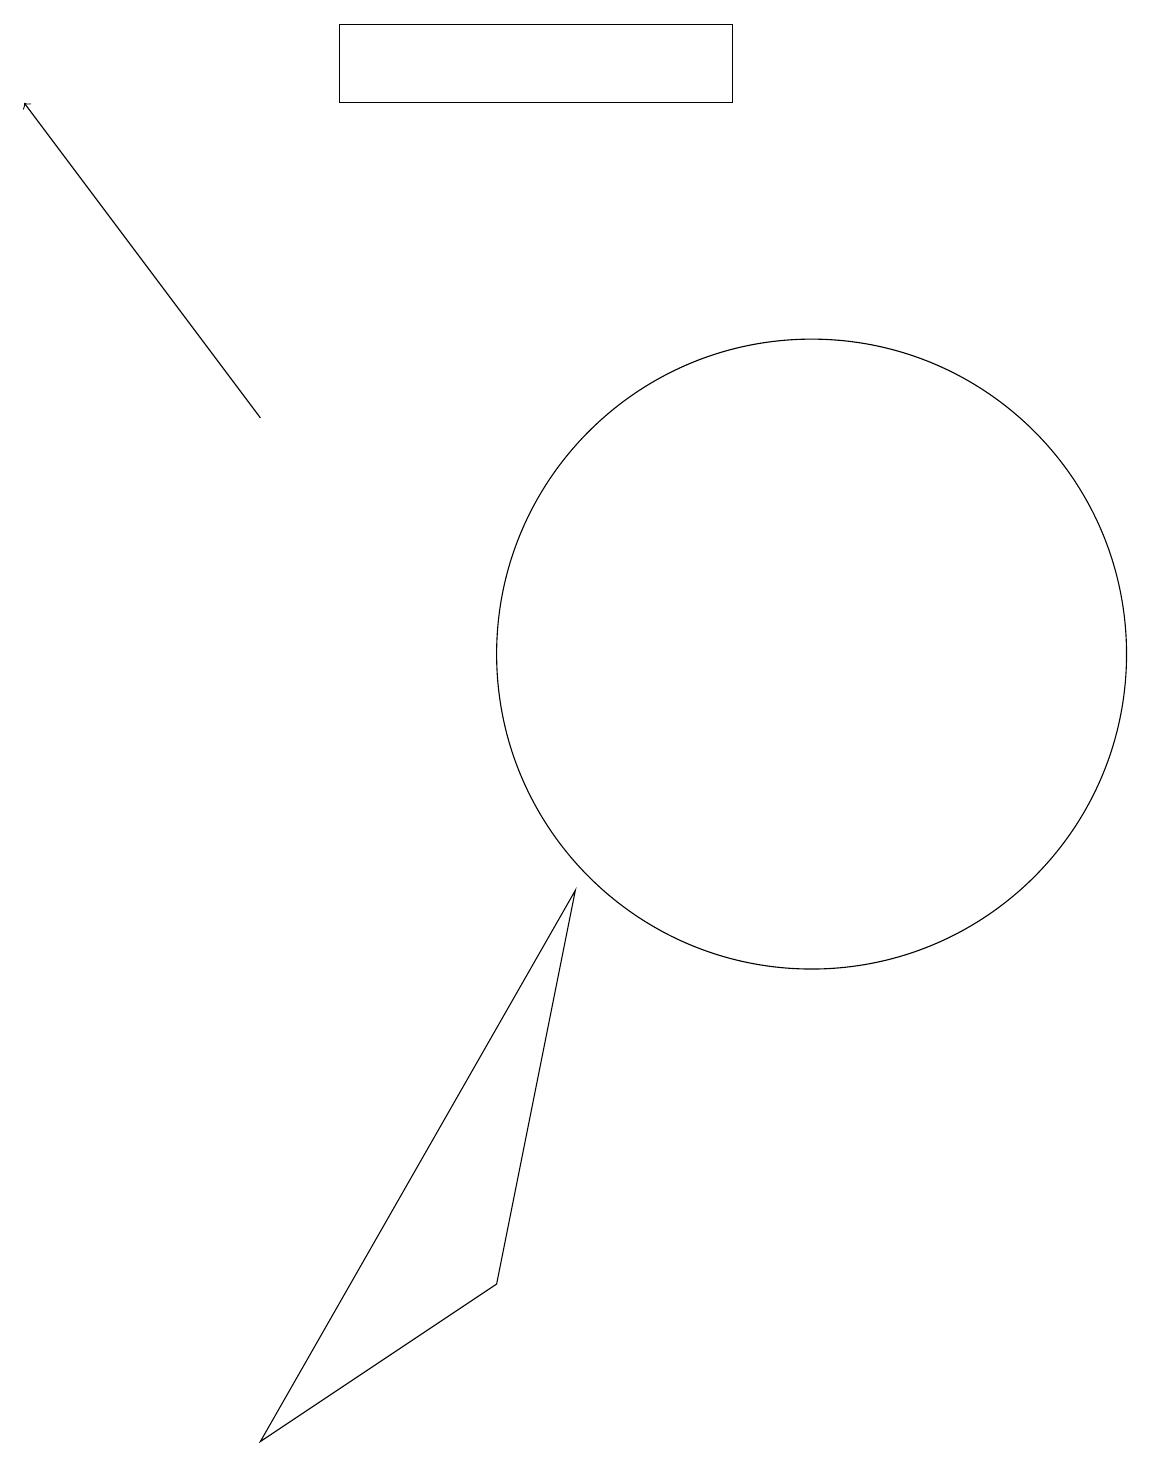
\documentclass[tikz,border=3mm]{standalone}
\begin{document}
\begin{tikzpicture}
\draw (7,8) -- (6,3) -- (3,1) -- cycle;
\draw (10,11) circle (4);
\draw (9,19) rectangle (4,18);
\draw[->] (3,14) -- (0,18);
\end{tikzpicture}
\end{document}